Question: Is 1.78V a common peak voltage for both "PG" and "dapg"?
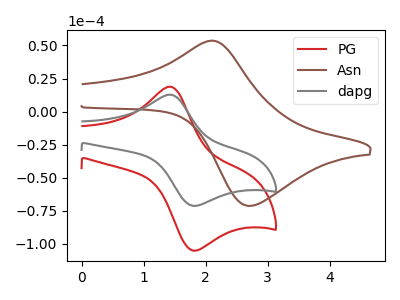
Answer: <think>The red curve "PG" has an anodic peak at (1.40V, 18.80uA) and a cathodic peak at (1.80V, -105.00uA). The brown curve "Asn" has an anodic peak at (2.05V, 53.55uA) and a cathodic peak at (2.75V, -71.30uA). The gray curve "dapg" has an anodic peak at (1.40V, 12.75uA) and a cathodic peak at (1.80V, -71.20uA).</think>
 <answer>Yes, "PG" and "dapg" share a peak at 1.78V.</answer>
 <eval>match</eval>